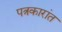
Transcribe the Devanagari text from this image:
पत्रकारांत